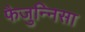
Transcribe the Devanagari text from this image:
फैजुन्निसा